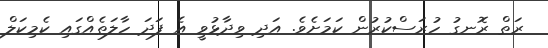
ރަތް ރޮނގު ހުރަސްކުރުން ކަަމަށެވެ. އަދި ވިދާޅުވީ އެ ފަދަ ހާލަތެއްގައި ކެމިކަލް